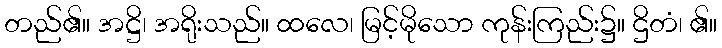
တည်၏။ အဋ္ဌိ၊ အရိုးသည်။ ထလေ၊ မြင့်မိုသော ကုန်းကြည်း၌။ ဌိတံ၊ ၏။